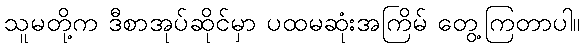
သူမတို့က ဒီစာအုပ်ဆိုင်မှာ ပထမဆုံးအကြိမ် တွေ့ကြတာပါ။